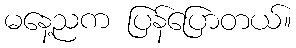
မနေ့ညက ပြန်ပြောတယ်။